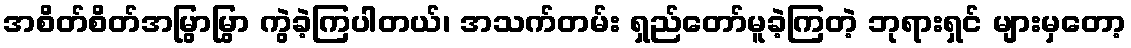
အစိတ်စိတ်အမြွာမြွာ ကွဲခဲ့ကြပါတယ်၊ အသက်တမ်း ရှည်တော်မူခဲ့ကြတဲ့ ဘုရားရှင် များမှတော့